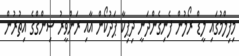
މިފިލްމުގައި ލީޑް ރޯލުން ފެނިގެންދަނީ ދިޕިކާ ޕަދުކޯން އާއި ރަންވީރު ސިންގްގެ އިތުރުން